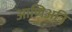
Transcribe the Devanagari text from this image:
आणिअत्रि